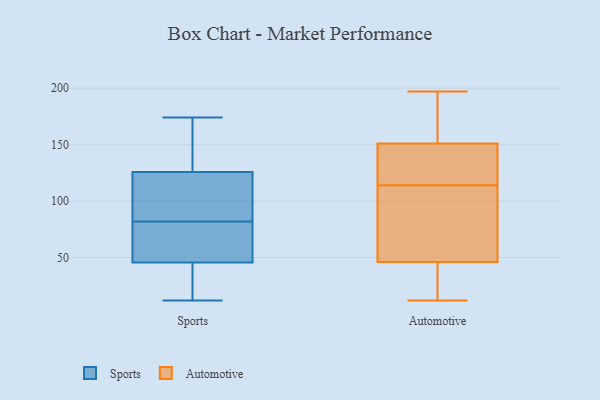
{"axis": {"x": "Gross Profit (USD K)", "y": "Value"}, "legend": ["Automotive", "Sports"], "data": [{"x": "", "y": 89, "type": "Sports"}, {"x": "", "y": 127, "type": "Sports"}, {"x": "", "y": 40, "type": "Sports"}, {"x": "", "y": 62, "type": "Sports"}, {"x": "", "y": 120, "type": "Sports"}, {"x": "", "y": 31, "type": "Sports"}, {"x": "", "y": 82, "type": "Sports"}, {"x": "", "y": 12, "type": "Sports"}, {"x": "", "y": 33, "type": "Sports"}, {"x": "", "y": 65, "type": "Sports"}, {"x": "", "y": 172, "type": "Sports"}, {"x": "", "y": 122, "type": "Sports"}, {"x": "", "y": 66, "type": "Sports"}, {"x": "", "y": 174, "type": "Sports"}, {"x": "", "y": 162, "type": "Sports"}, {"x": "", "y": 35, "type": "Automotive"}, {"x": "", "y": 157, "type": "Automotive"}, {"x": "", "y": 12, "type": "Automotive"}, {"x": "", "y": 142, "type": "Automotive"}, {"x": "", "y": 104, "type": "Automotive"}, {"x": "", "y": 182, "type": "Automotive"}, {"x": "", "y": 197, "type": "Automotive"}, {"x": "", "y": 151, "type": "Automotive"}, {"x": "", "y": 95, "type": "Automotive"}, {"x": "", "y": 99, "type": "Automotive"}, {"x": "", "y": 46, "type": "Automotive"}, {"x": "", "y": 113, "type": "Automotive"}, {"x": "", "y": 155, "type": "Automotive"}, {"x": "", "y": 28, "type": "Automotive"}, {"x": "", "y": 130, "type": "Automotive"}, {"x": "", "y": 115, "type": "Automotive"}, {"x": "", "y": 34, "type": "Automotive"}, {"x": "", "y": 117, "type": "Automotive"}]}